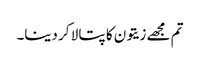
تم مجھے زیتون کا پتا لا کر دینا۔